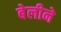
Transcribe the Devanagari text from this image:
बेलीने